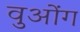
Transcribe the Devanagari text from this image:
वुओंग